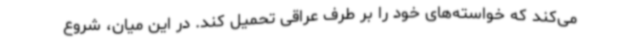
می‌کند که خواسته‌های خود را بر طرف عراقی تحمیل کند. در این میان، شروع